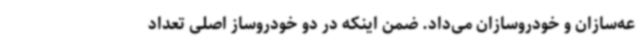
عه‌سازان و خودروسازان می‌داد. ضمن اینکه در دو خودروساز اصلی تعداد